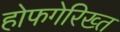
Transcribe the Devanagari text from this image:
होफगेरिख्त